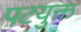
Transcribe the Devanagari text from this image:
पटयुक्त